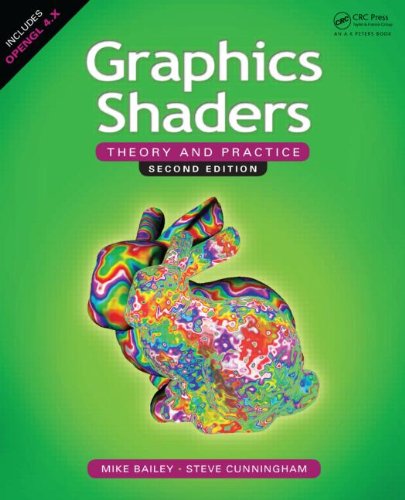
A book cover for Graphics Shaders: Theory and Practice, Second Edition; Mike Bailey; Computers & Technology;